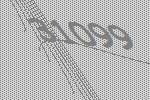
31099